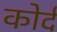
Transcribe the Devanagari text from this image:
कोर्द